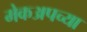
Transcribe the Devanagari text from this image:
मेकअपच्या